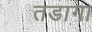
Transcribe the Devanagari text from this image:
तडागा